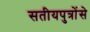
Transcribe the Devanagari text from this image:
सतीयपुत्रोंसे